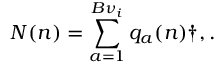
N ( n ) = \sum _ { a = 1 } ^ { B { \nu } _ { i } } q _ { a } ( n ) \dag , .